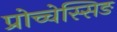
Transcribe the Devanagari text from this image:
प्रोच्चेस्सिङ